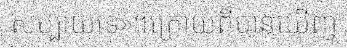
សប្បាយទេ»។ក្រោយពីបានឃើញ